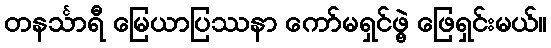
တနင်္သာရီ မြေယာပြဿနာ ကော်မရှင်ဖွဲ့ ဖြေရှင်းမယ်။